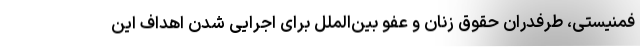
فمنیستی، طرفدران حقوق زنان و عفو بین‌الملل برای اجرایی شدن اهداف این